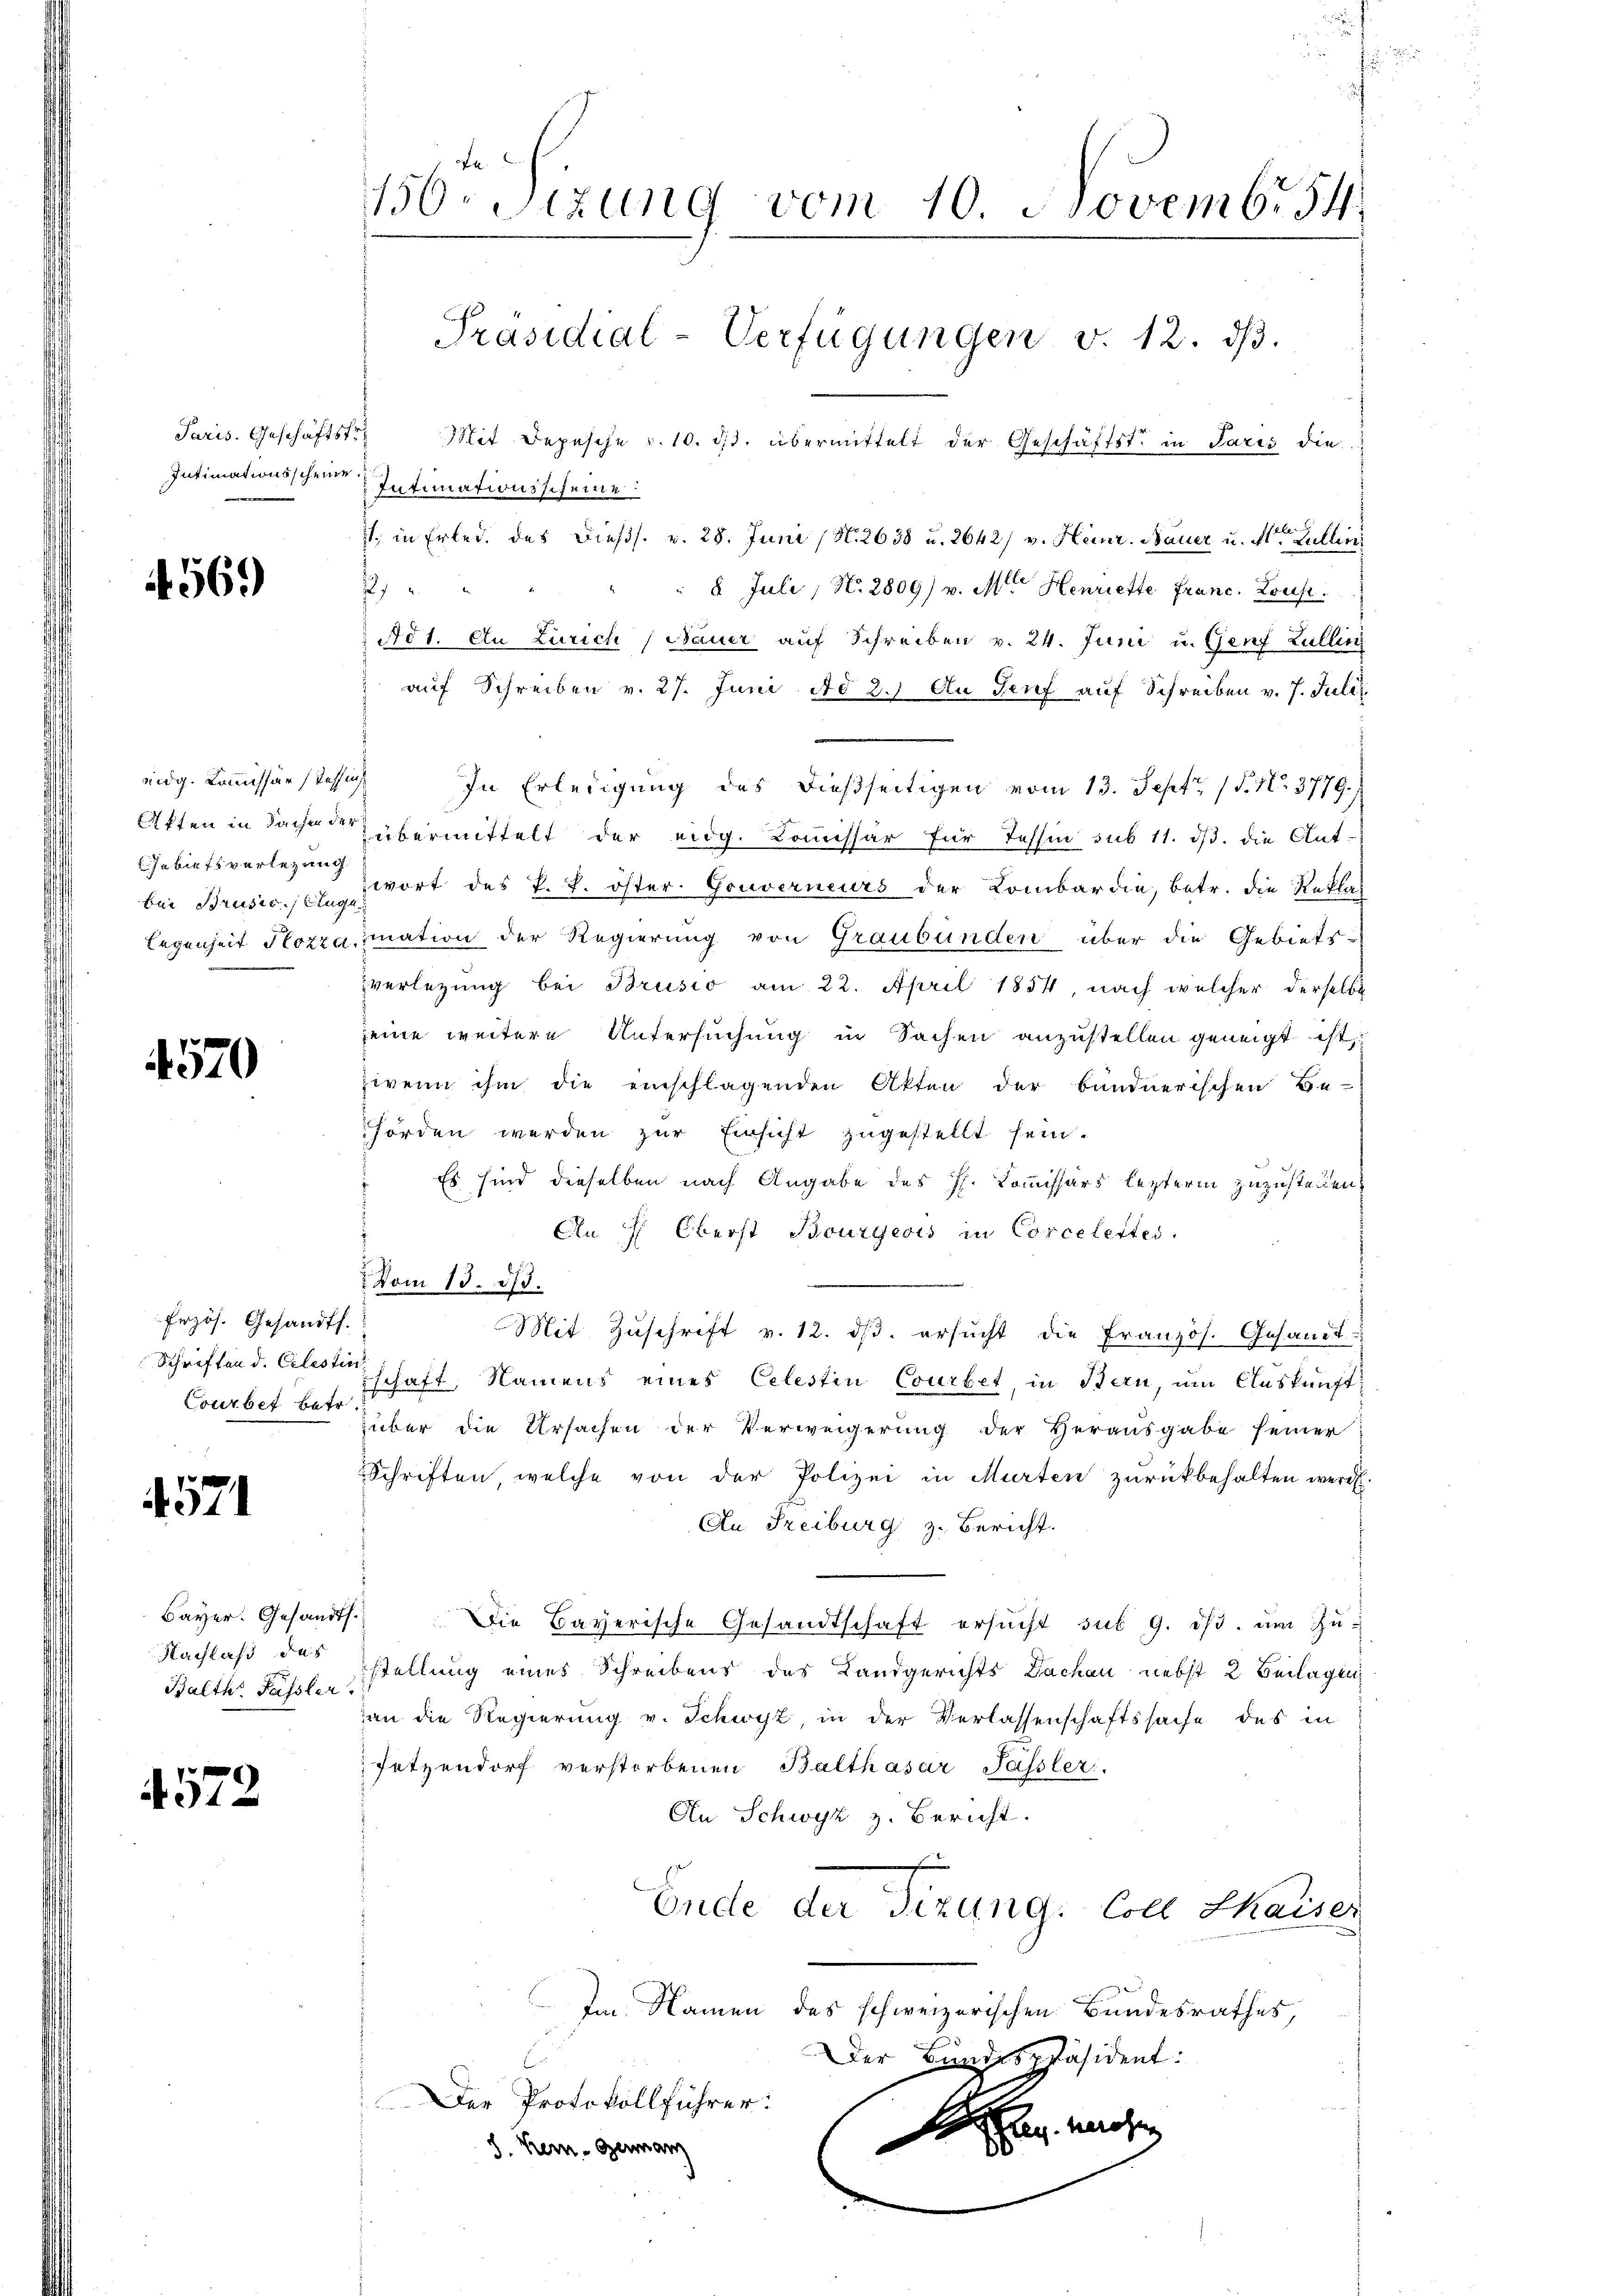
Paris. Geschäftstr
Intimationsscheine

4569)

nidg. Kommissär, Tessin
Akten in Sachen der
Jabiets verlegung
bei Brusis. Aug
legenheit Pozza.

4570

Erzös. Gesandt.
Schriften d. Celestin
Courbet betr

4571

Bayer. Gesand
Nachlass das
Balth. Fassler

4572

.
150 Sizung vom 10. Novembr 54
Präsidial-Verfügungen v. 12. dβ.

Mit Depesche v. 10. ds. übermittelt der Geschäftst in Paris die
Intimationsscheine
), in Erlede des Dießs. v. 28. Juni (N. 2638 u. 2642/ v. Heinr. Bauer u. Alter Lullin
.
8 Juli, N. 2809) v. Mt. Henriette Franc. Lousi
 No 1. An Zürich (Bauer auf Schreiben v. 24. Juni u. Genf Lullin
auf Schreiben v. 27. Juni ad 2.) An Genf auf Schreiben v. 7. Juli
In Erledigung des dießseitigen vom 13. Sept. 15. No. 3779.)
übermittelt der eidg. Kommissär für Tessin sub 11. ds. die Ant-
wort des P. P. öster. Gouverneurs der Kombardia, betr. die Rekla
mation der Regierung von Graubünden über die Gebiets-
verlegung bei Brusio am 22. April 1854, nach welcher derselbe
seine weitere Untersuchung in Sachen anzustellen geneigt ist,
wenn ihm die einschlagenden Akten der bundnerischen Be-
hörden werden zur Einsicht zugestellt sein.
Es sind dieselben nach Angabe des Hs. Commissärs lezterm zuzustellen.
En d Oberst Bourgeois in Corcelettes.
—
Vom 13. 375.
Mit Zŭschrift v. 12. dβ. ersŭcht die Französ. Gesamt
schaft, Namens eines Celestin Courbet, in Bern, um Auskunft
über die Ursachen der Verweigerung der Herausgabe seiner
Schriften welche von der Polizei in Murten zurückbehalten werde.
An Freiburg z. Bericht.
Die Bayerische Gesandtschaft ersucht sub 9. dβ. um Zu-
stellung eines Schreibens des Landgerichts Dachen nebst 2 Beilagen
an die Regierung v. Schwyz, in der Verlassenschaftssache des in
fetzendorf verstorbenen Balthasar Passler.
An Schwyz z. Bericht.
Ende der Tizung. Coll Chaiser
Im Namen des schweizerischen Bundesrathes,
Der Bundespräsident:
Der Protokollführer:
Le machen
S. Kein - Germann

d